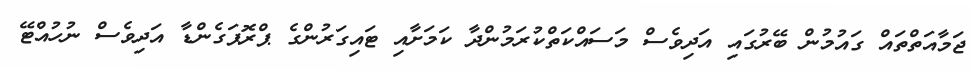
ޖަމާއަތްތައް ގައުމުން ބޭރުގައި އަދިވެސް މަސައްކަތްކުރަމުންދާ ކަމަށާއި ޓައިގަރުންގެ ޕްރޮޕަގެންޑާ އަދިވެސް ނުހުއްޓޭ